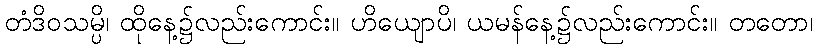
တံဒိဝသမ္ပိ၊ ထိုနေ့၌လည်းကောင်း။ ဟိယျောပိ၊ ယမန်နေ့၌လည်းကောင်း။ တတော၊